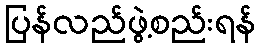
ပြန်လည်ဖွဲ့စည်းရန်